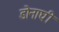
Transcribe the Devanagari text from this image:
डोनाघी